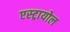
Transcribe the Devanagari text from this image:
एस्ट्रायोल